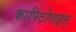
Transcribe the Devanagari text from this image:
कापिटोलइन्